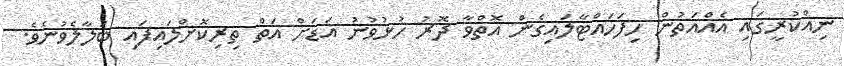
ނިއްކުރީގައި އެއްއަތުން ހިފަހައްޓާލައިގެން އޮތްވާ ދޮރު ހުޅުވުނު އަޑަށް އަތް ތިރިކޮށްލައިފައި ބަލާލެވުނެވެ.